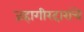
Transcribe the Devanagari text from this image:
जहागीरदारांचे